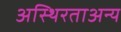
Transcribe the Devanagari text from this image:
अस्थिरताअन्य